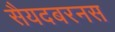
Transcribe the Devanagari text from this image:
सैयदबरनस